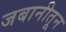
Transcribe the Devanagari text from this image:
जबानीतून